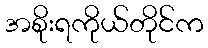
အစိုးရကိုယ်တိုင်က